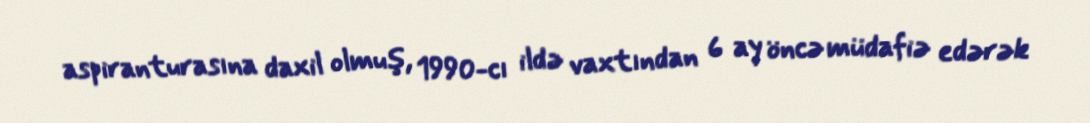
aspiranturasına daxil olmuş, 1990-cı ildə vaxtından 6 ay öncə müdafiə edərək